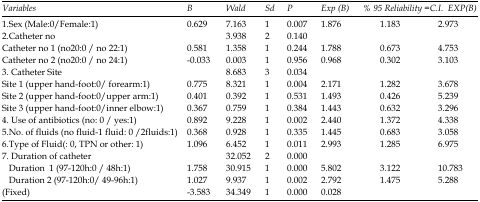
<table><thead><tr><td><b><i>Variables</i></b></td><td><b><i>B</i></b></td><td><b><i>Wald</i></b></td><td><b><i>Sd</i></b></td><td><b><i>P</i></b></td><td><b><i>Exp</i><i>(B)</i></b></td><td colspan="2"><b><i>% 95 Reliability =C.I. EXP(B)</i></b></td></tr></thead><tbody><tr><td>1.Sex (Male:0/Female:1)</td><td>0.629</td><td>7.163</td><td>1</td><td>0.007</td><td>1.876</td><td>1.183</td><td>2.973</td></tr><tr><td>2.Catheter no</td><td></td><td>3.938</td><td>2</td><td>0.140</td><td></td><td></td><td></td></tr><tr><td>Catheter no 1 (no20:0 / no 22:1)</td><td>0.581</td><td>1.358</td><td>1</td><td>0.244</td><td>1.788</td><td>0.673</td><td>4.753</td></tr><tr><td>Catheter no 2 (no20:0 / no 24:1)</td><td>-0.033</td><td>0.003</td><td>1</td><td>0.956</td><td>0.968</td><td>0.302</td><td>3.103</td></tr><tr><td>3. Catheter Site</td><td></td><td>8.683</td><td>3</td><td>0.034</td><td></td><td></td><td></td></tr><tr><td>Site 1 (upper hand-foot:0/ forearm:1)</td><td>0.775</td><td>8.321</td><td>1</td><td>0.004</td><td>2.171</td><td>1.282</td><td>3.678</td></tr><tr><td>Site 2 (upper hand-foot:0/upper arm:1)</td><td>0.401</td><td>0.392</td><td>1</td><td>0.531</td><td>1.493</td><td>0.426</td><td>5.239</td></tr><tr><td>Site 3 (upper hand-foot:0/inner elbow:1)</td><td>0.367</td><td>0.759</td><td>1</td><td>0.384</td><td>1.443</td><td>0.632</td><td>3.296</td></tr><tr><td>4. Use of antibiotics (no: 0 / yes:1)</td><td>0.892</td><td>9.228</td><td>1</td><td>0.002</td><td>2.440</td><td>1.372</td><td>4.338</td></tr><tr><td>5.No. of fluids (no fluid-1 fluid: 0 /2fluids:1)</td><td>0.368</td><td>0.928</td><td>1</td><td>0.335</td><td>1.445</td><td>0.683</td><td>3.058</td></tr><tr><td>6.Type of Fluid(: 0, TPN or other: 1)</td><td>1.096</td><td>6.452</td><td>1</td><td>0.011</td><td>2.993</td><td>1.285</td><td>6.975</td></tr><tr><td>7. Duration of catheter </td><td></td><td>32.052</td><td>2</td><td>0.000</td><td></td><td></td><td></td></tr><tr><td> Duration 1 (97-120h:0 / 48h:1)</td><td>1.758</td><td>30.915</td><td>1</td><td>0.000</td><td>5.802</td><td>3.122</td><td>10.783</td></tr><tr><td> Duration 2 (97-120h:0/ 49-96h:1)</td><td>1.027</td><td>9.937</td><td>1</td><td>0.002</td><td>2.792</td><td>1.475</td><td>5.288</td></tr><tr><td>(Fixed)</td><td>-3.583</td><td>34.349</td><td>1</td><td>0.000</td><td>0.028</td><td></td><td></td></tr></tbody></table>